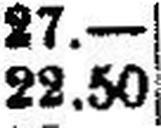
22.50